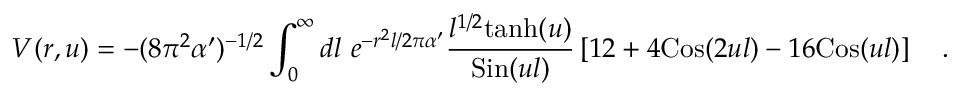
V ( r , u ) = - ( 8 \pi ^ { 2 } \alpha ^ { \prime } ) ^ { - 1 / 2 } \int _ { 0 } ^ { \infty } d l ~ e ^ { - r ^ { 2 } l / 2 \pi \alpha ^ { \prime } } { \frac { l ^ { 1 / 2 } \mathrm { t a n h } ( u ) } { \mathrm { S i n } ( u l ) } } \left[ 1 2 + 4 \mathrm { C o s } ( 2 u l ) - 1 6 \mathrm { C o s } ( u l ) \right] \quad .